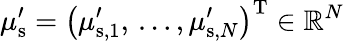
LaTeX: \mu_{\mathrm{s}}^{\prime}=\left(\mu_{\mathrm{s},1}^{\prime},\, \ldots,\mu_{\mathrm{s},N}^{\prime}\right)^{\mathrm{T}}\in\mathbb{R}^{N}